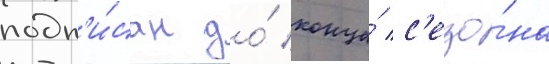
подп'и́сан до́ конца́ с'езо́на